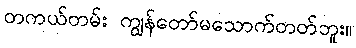
တကယ်တမ်း ကျွန်တော်မသောက်တတ်ဘူး။